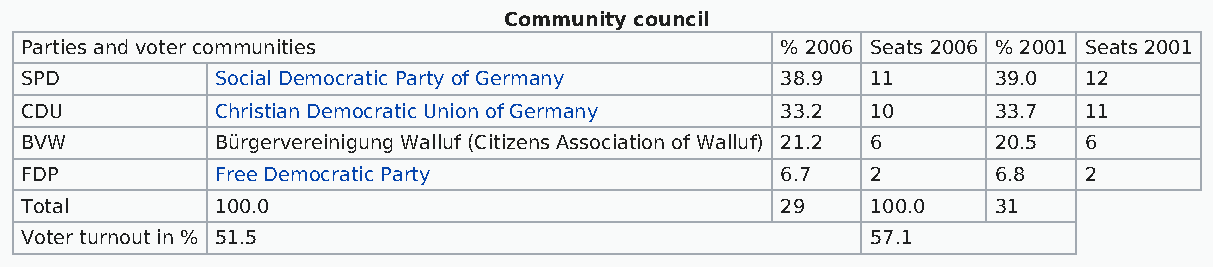
Community council
 Parties and voter communities                      % 2006 Seats 2006 % 2001 Seats 2001
 SPD          Social Democratic Party of Germany    38.9  11      39.0  12
 CDU          Christian Democratic Union of Germany 33.2  10      33.7  11
 BVW          Bürgervereinigung Walluf (Citizens Association of Walluf) 21.2 6 20.5 6
 FDP          Free Democratic Party                 6.7   2       6.8   2
 Total        100.0                                 29    100.0   31
 Voter turnout in % 51.5                                  57.1